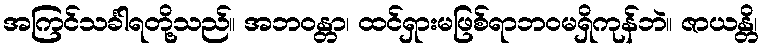
အကြင်သင်္ခါရတို့သည်။ အဘဝန္တာ၊ ထင်ရှားမဖြစ်ရာဘဝမရှိကုန်ဘဲ။ ဇာယန္တိ၊